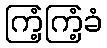
ကြံ့ကြံ့ခံ